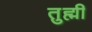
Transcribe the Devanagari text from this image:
तुह्मीं